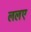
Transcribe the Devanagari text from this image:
ललए